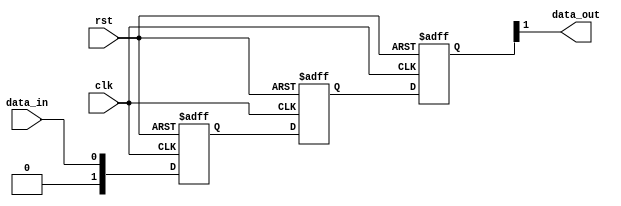
module cascade_sync(
    input wire clk,
    input wire rst,
    input wire data_in,
    output reg data_out
);

reg [1:0] stage1, stage2, stage3; 

always @(posedge clk or posedge rst) begin
    if (rst) begin
        stage1 <= 2'b0;
        stage2 <= 2'b0;
        stage3 <= 2'b0;
    end else begin
        stage1 <= data_in;
        stage2 <= stage1;
        stage3 <= stage2;
    end
end

assign data_out = stage3[1];

endmodule